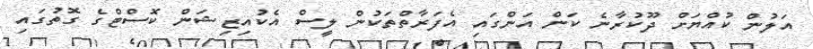
އަލުން ކުއްޔަށް ދޫކުރާނެ ކަން އަންގައި އެފަރާތްތަކުން ލީސް އެކުއިޒިޝަން ކޮސްޓްގެ ގޮތުގައި